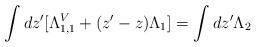
LaTeX: \begin{align*}\int dz' [\Lambda _{1,1}^V + (z'-z)\Lambda _1 ]=\int dz' \Lambda _2\end{align*}